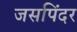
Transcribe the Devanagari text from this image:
जसपिंदर